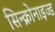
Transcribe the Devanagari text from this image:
सिन्क्रोनाइज्ड